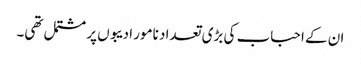
ان کے احباب کی بڑی تعداد نامور ادیبوں پر مشتمل تھی۔